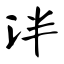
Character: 泮